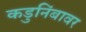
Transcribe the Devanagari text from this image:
कडुनिंबावर